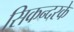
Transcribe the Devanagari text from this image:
सिकन्दरके